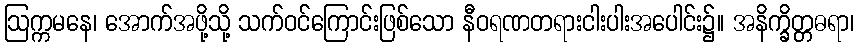
ဩက္ကမနေ၊ အောက်အဖို့သို့ သက်ဝင်ကြောင်းဖြစ်သော နီဝရဏတရားငါးပါးအပေါင်း၌။ အနိက္ခိတ္တဓရာ၊